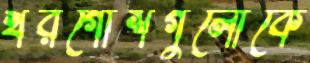
খরগোশগুলোকে